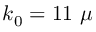
k _ { 0 } = 1 1 ~ \mu